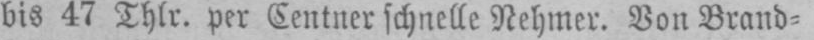
bis 47 Thlr. per Centner schnelle Nehmer. Von Brand⸗